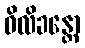
ဝိလိခန္တော